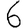
Digit: 6